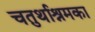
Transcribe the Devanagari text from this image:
चतुर्थाश्रमका